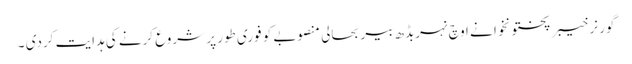
گور نر خیبر پختونخوا نے اوچ نہربڈھ بیر بحالی منصوبے کو فوری طور پر شروع کرنے کی ہدایت کردی ۔